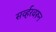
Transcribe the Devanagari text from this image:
सर्व्हरवरून